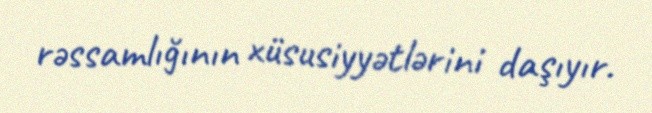
rəssamlığının xüsusiyyətlərini daşıyır.